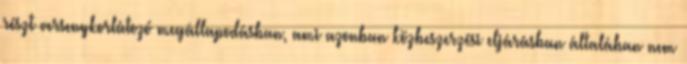
részt versenykorlátozó megállapodásban, ami azonban közbeszerzési eljárásban általában nem